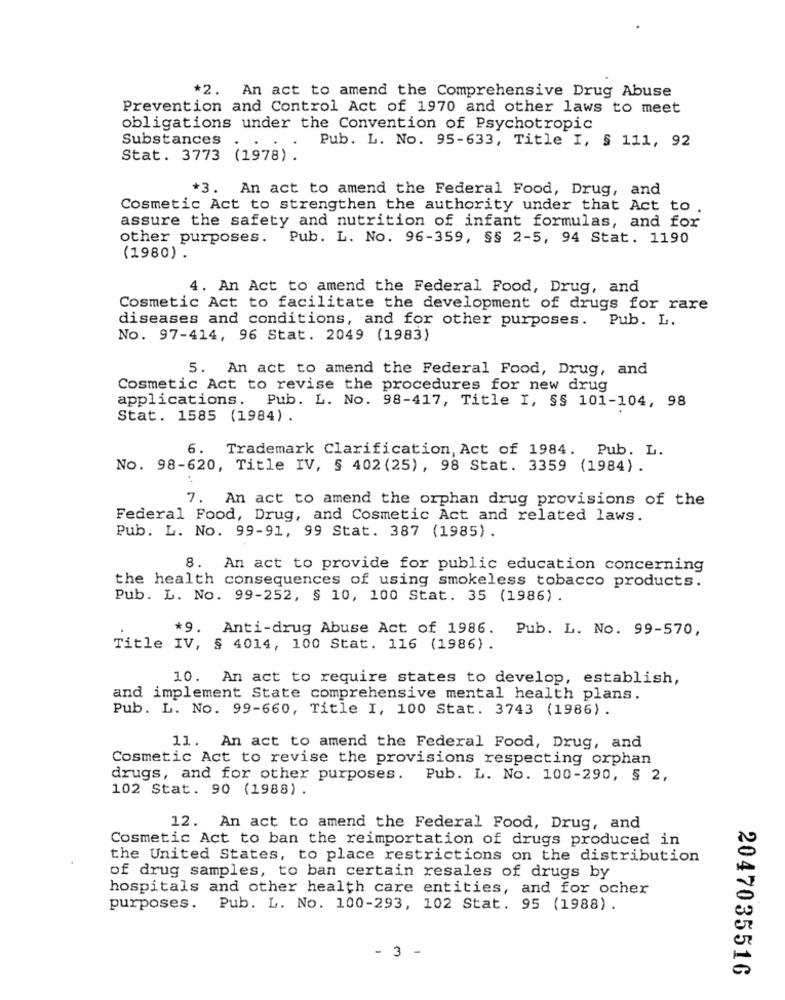
*2. An act to amend the Comprehensive Drug Abuse
Prevention and Control Act of 1970 and other laws to meet
obligations under the Convention of Psychotropic
Substances
Pub. L. No. 95-633, Title I, § 111, 92
Stat. 3773 (1978).
*3. An act to amend the Federal Food, Drug, and
Cosmetic Act to strengthen the authority under that Act to
assure the safety and nutrition of infant formulas, and for
other purposes. Pub. L. No. 96-359, §§ 2-5, 94 Stat. 1190
(1980) .
4. An Act to amend the Federal Food, Drug, and
Cosmetic Act to facilitate the development of drugs for rare
diseases and conditions, and for other purposes. Pub. L.
No. 97-414, 96 Stat. 2049 (1983)
5. An act to amend the Federal Food, Drug, and
Cosmetic Act to revise the procedures for new drug
applications. Pub. L. No. 98-417, Title I, §§ 101-104, 98
Stat. 1585 (1984).
6. Trademark Clarification, Act of 1984. Pub. L.
No. 98-620, Title IV, § 402 (25) , 98 Stat. 3359 (1984).
7. An act to amend the orphan drug provisions of the
Federal Food, Drug, and Cosmetic Act and related laws.
Pub. L. No. 99-91, 99 Stat. 387 (1985).
8. An act to provide for public education concerning
the health consequences of using smokeless tobacco products.
Pub. L. No. 99-252, § 10, 100 Stat. 35 (1986).
*9. Anti-drug Abuse Act of 1986. Pub. L. No. 99-570,
Title IV, § 4014, 100 Stat. 116 (1986).
10. An act to require states to develop, establish,
and implement State comprehensive mental health plans.
Pub. L. No. 99-660, Title I, 100 Stat. 3743 (1986).
11. An act to amend the Federal Food, Drug, and
Cosmetic Act to revise the provisions respecting orphan
drugs, and for other purposes. Pub. L. No. 100-290, § 2,
102 Stat. 90 (1988) .
12. An act to amend the Federal Food, Drug, and
Cosmetic Act to ban the reimportation of drugs produced in
the United States, to place restrictions on the distribution
of drug samples, to ban certain resales of drugs by
hospitals and other health care entities, and for ocher
purposes. Pub. L. No. 100-293, 102 Stat. 95 (1988).
-
2047035516